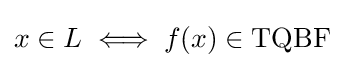
x\in L\iff f(x)\in \mathrm {TQBF}